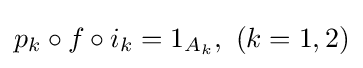
p_{k}\circ f\circ i_{k}=1_{A_{k}},\ (k=1,2)